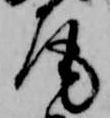
尾